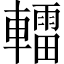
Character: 𨎿